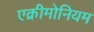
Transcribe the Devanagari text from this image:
एक्रीमोनियम